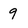
Character: 9